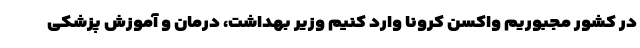
در کشور مجبوریم واکسن کرونا وارد کنیم وزیر بهداشت، درمان و آموزش پزشکی